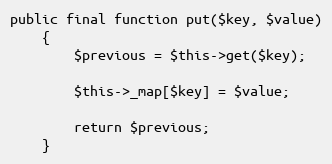
Language: PHP
public final function put($key, $value)
    {
        $previous = $this->get($key);

        $this->_map[$key] = $value;

        return $previous;
    }